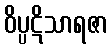
ဝိပ္ပဋိသာရဇာ